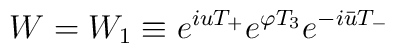
W=W_1 \equiv e^{iuT_{+}}e^{\varphi T_3}e^{-i\bar{u}T_{-}}